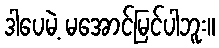
ဒါပေမဲ့ မအောင်မြင်ပါဘူး။